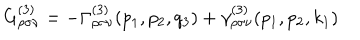
G _ { \rho \sigma \nu } ^ { ( 3 ) } = - \Gamma _ { \rho \sigma \nu } ^ { ( 3 ) } ( p _ { 1 } , p _ { 2 } , q _ { 3 } ) + \gamma _ { \rho \sigma \nu } ^ { ( 3 ) } ( p _ { 1 } , p _ { 2 } , k _ { 1 } )